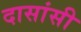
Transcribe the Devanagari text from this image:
दासांसी